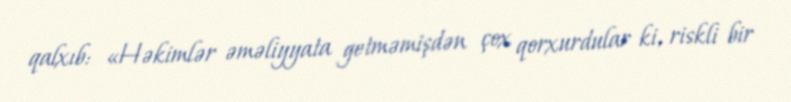
qalxıb: «Həkimlər əməliyyata getməmişdən çox qorxurdular ki, riskli bir